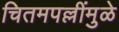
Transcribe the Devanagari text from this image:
चितमपल्लींमुळे